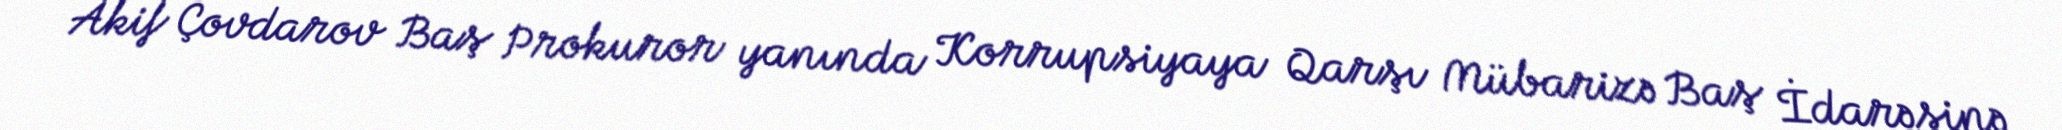
Akif Çovdarov Baş Prokuror yanında Korrupsiyaya Qarşı Mübarizə Baş İdarəsinə